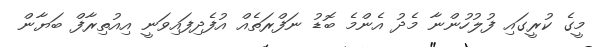
މީގެ ކުރީގައި ފުލުހުންނާ މެދު އެންމެ ބޮޑު ނަފްރަތެއް އުފެދިފައިވަނީ އިއުތިރާފް ބަޔާން